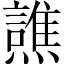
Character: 𰟳